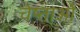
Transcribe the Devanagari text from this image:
चेष्ताओं